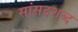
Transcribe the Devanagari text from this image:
सांसदशब्द